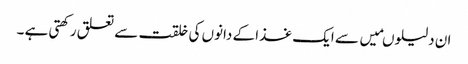
ان دلیلوںمیں سے ایک غذا کے دانوں کی خلقت سے تعلق رکھتی ہے ۔